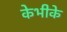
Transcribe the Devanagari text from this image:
केभीके